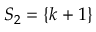
S _ { 2 } = \left\{ k + 1 \right\}